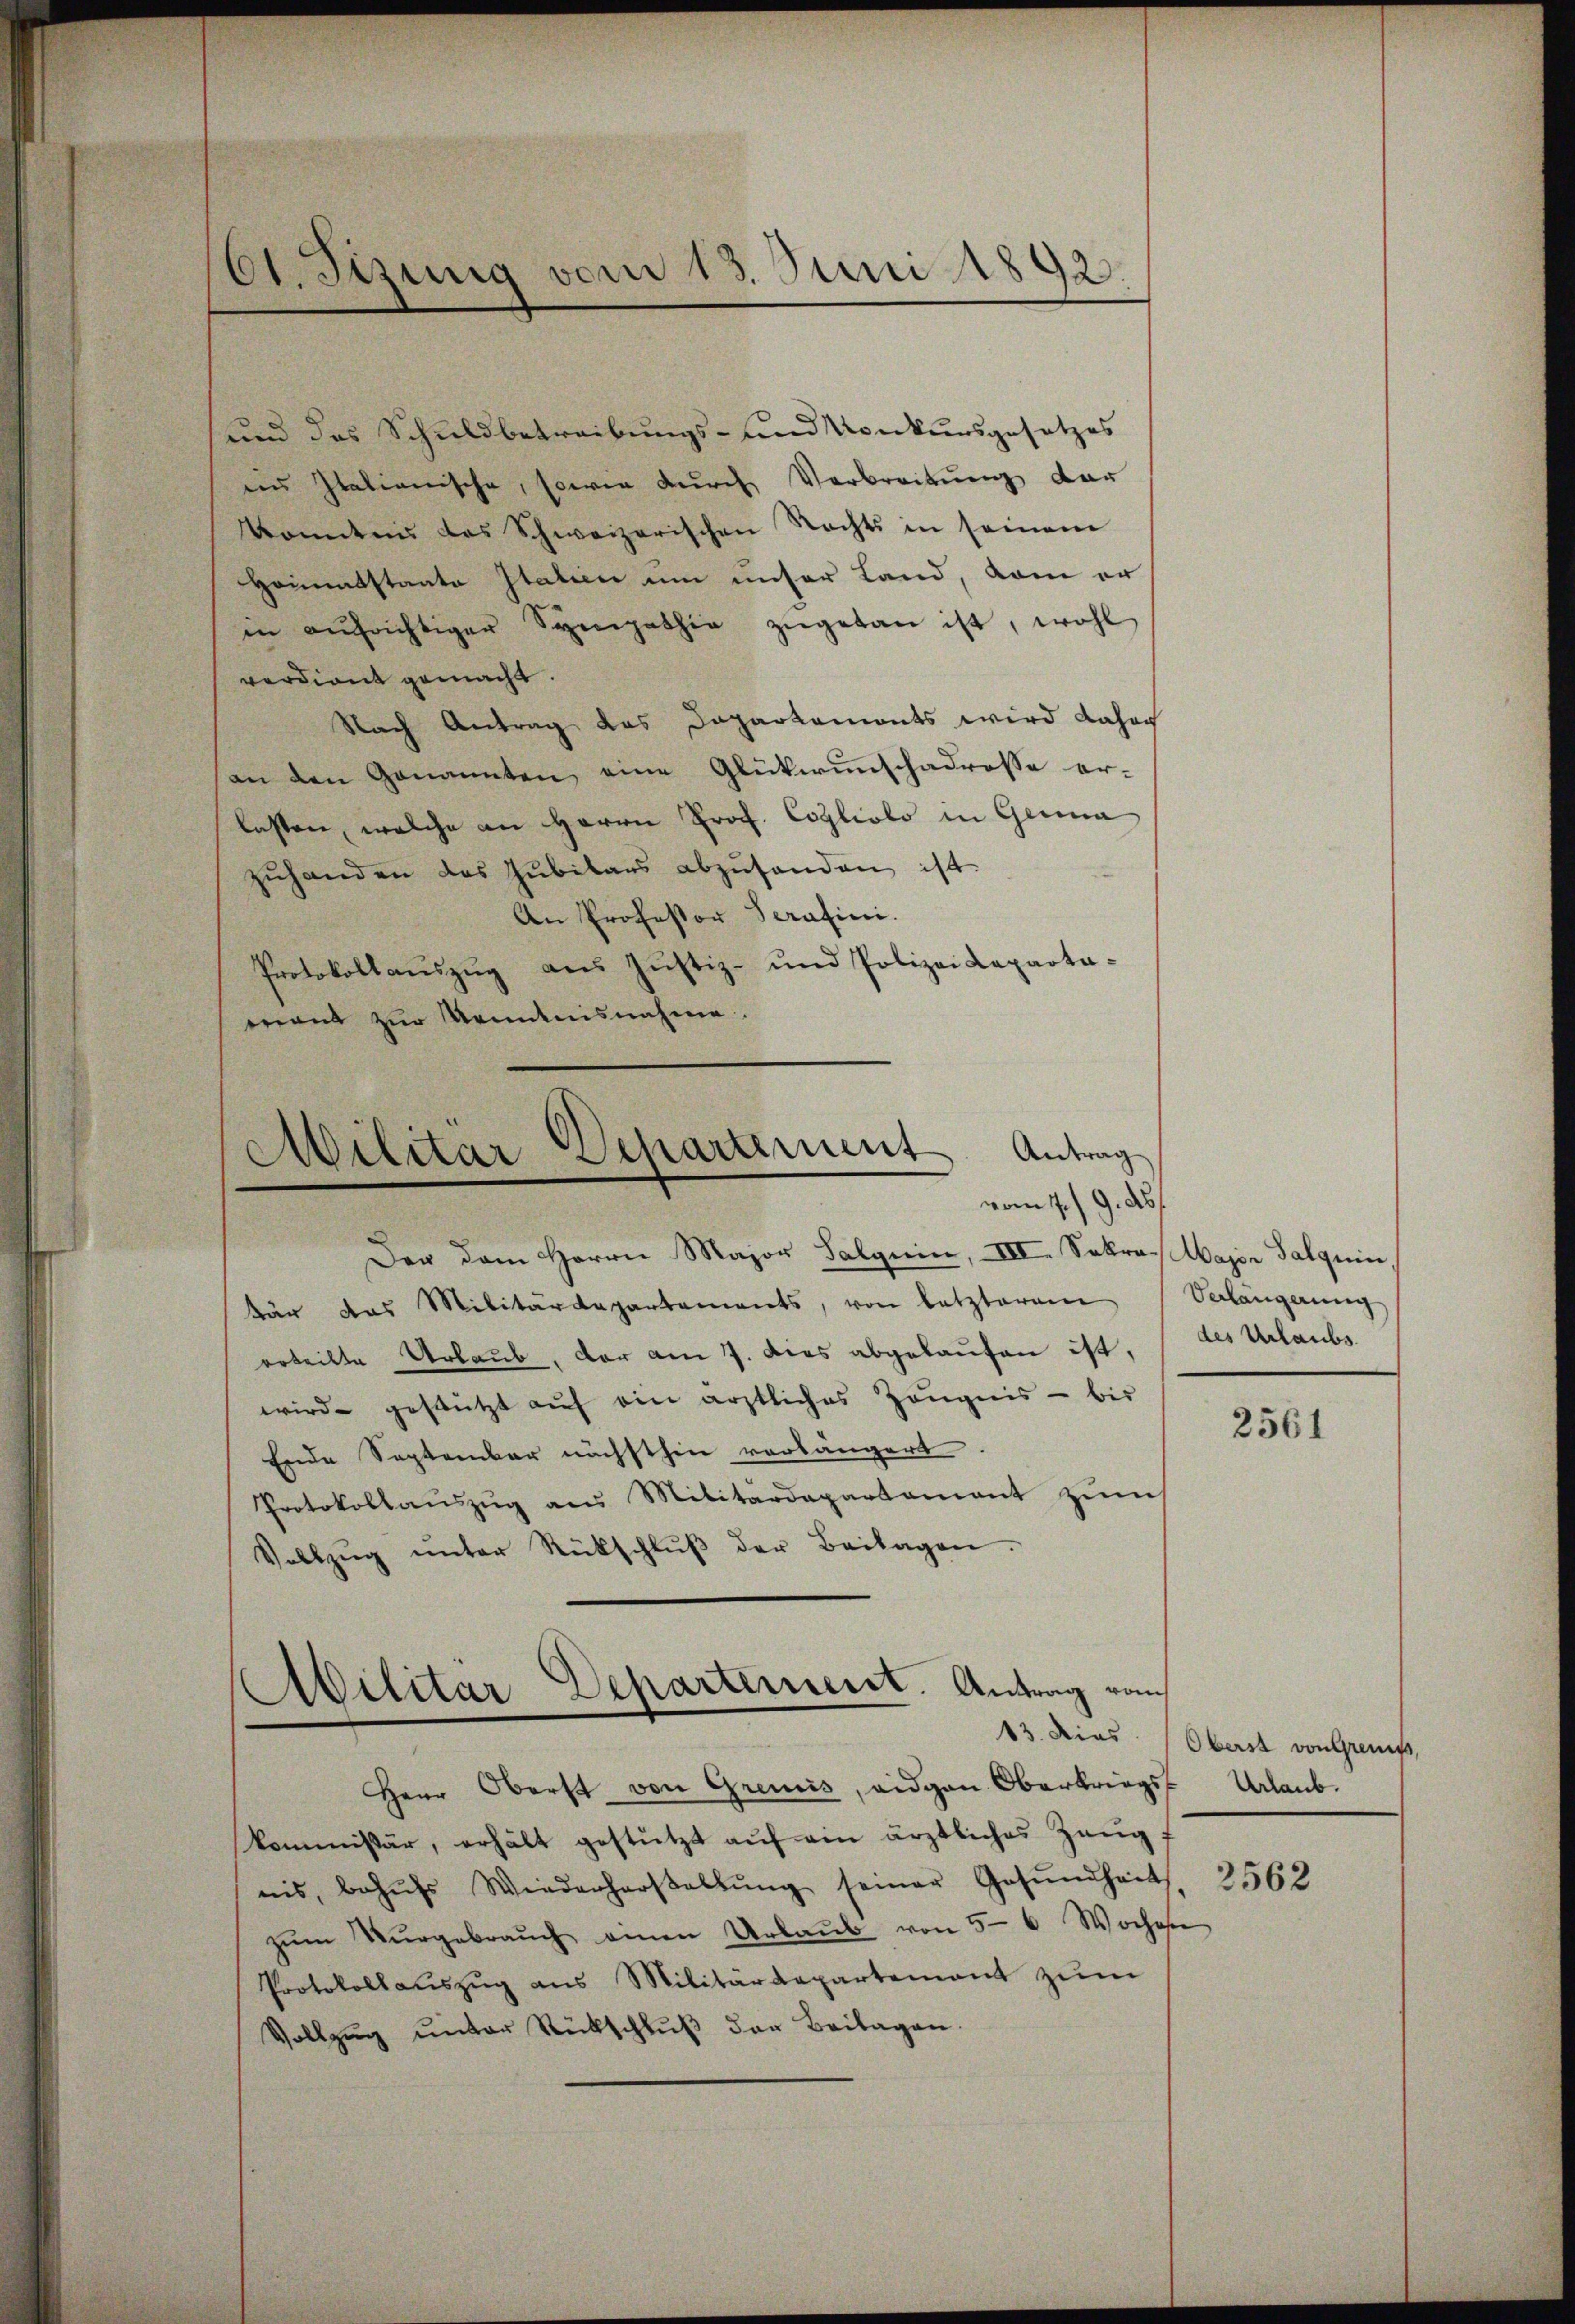
61. Sizung vom 13. Juni 1892

und das Schuldbetreibungs- und Konkursgesetzes
iin Italianische, sowie durch Verbreitung der
konntnis das Schweizerischen Nachts in seinem
Hommtstaate Italien um unser Land, kam er
in aŭfrichtiger Sympathie zŭgetan ist, wohl
verdient gemacht.
Nach Antrag das Dapartemonts wird daher
an den Genannten eine Glückwunschadrosse er-
lasten, welche an Herrn Prof. Cogliolo in Gerina
zŭhanden das Jubilars abzŭsenden ist.
An Professor Serafini.
Protokollaŭszŭg ans Justiz- und Polizei Laparta-
want zur Kenntnisnahme.

Militar Departement Antrag
vom 1./9. ds.

Der dem Herrn Major Salquin, III. Sekra, Wagen Talgerin
tär das Militärdepartements, von letzterem Verlangerung
arteilte Urlaub, der am 7. Dies abgelaufen ist,
wird gestützt aŭf ein ärztliches Zeŭgnis - bis
Ende September nächsthin vorlängert.
Protokollaŭszŭg ans Militärdepartament zŭm
Vollzŭg ŭnter Rückschlŭβ der Beilagen.

Militar Departement. Antrag von
13. dies

Herr Oberst von Grenis, eigen Oberbrings
kommissär, erhält gestützt aŭf ein ärztliches Zeug:
nis, behŭfs Wiederhorstellŭng seiner Gesŭndheit
zŭm Vergebraŭch einen Urlaŭb von 5-6 Woche
Protokollaŭszŭg ans Militärdepartement zŭm
Vollzŭg ŭnter Rückschlŭβ der Beilagen.

des Urlaubs

2561

Oberst von Grents,
Urlaub.

2562